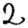
Digit: 2